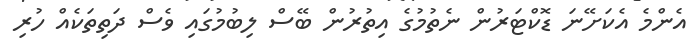
އެންމެ އެކަށޭނަ ޑޮކްޓަރުން ނެތުމުގެ އިތުރުން ބޭސް ލިބުމުގައި ވެސް ދަތިތަކެއް ހުރި